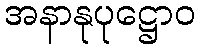
အနာနုပုဋ္ဌောဝ